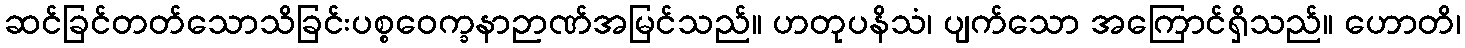
ဆင်ခြင်တတ်သောသိခြင်းပစ္စဝေက္ခနာဉာဏ်အမြင်သည်။ ဟတုပနိသံ၊ ပျက်သော အကြောင်ရှိသည်။ ဟောတိ၊